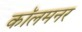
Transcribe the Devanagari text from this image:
कॉलमनर